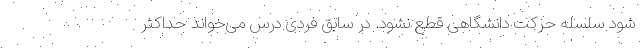
شود سلسله حرکت دانشگاهی قطع نشود. در سابق فردی درس می‌خواند حداکثر